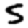
Digit: 5